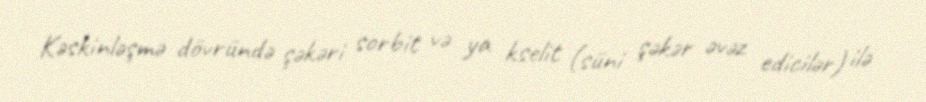
Kəskinləşmə dövründə şəkəri sorbit və ya kselit (süni şəkər əvəz edicilər) ilə